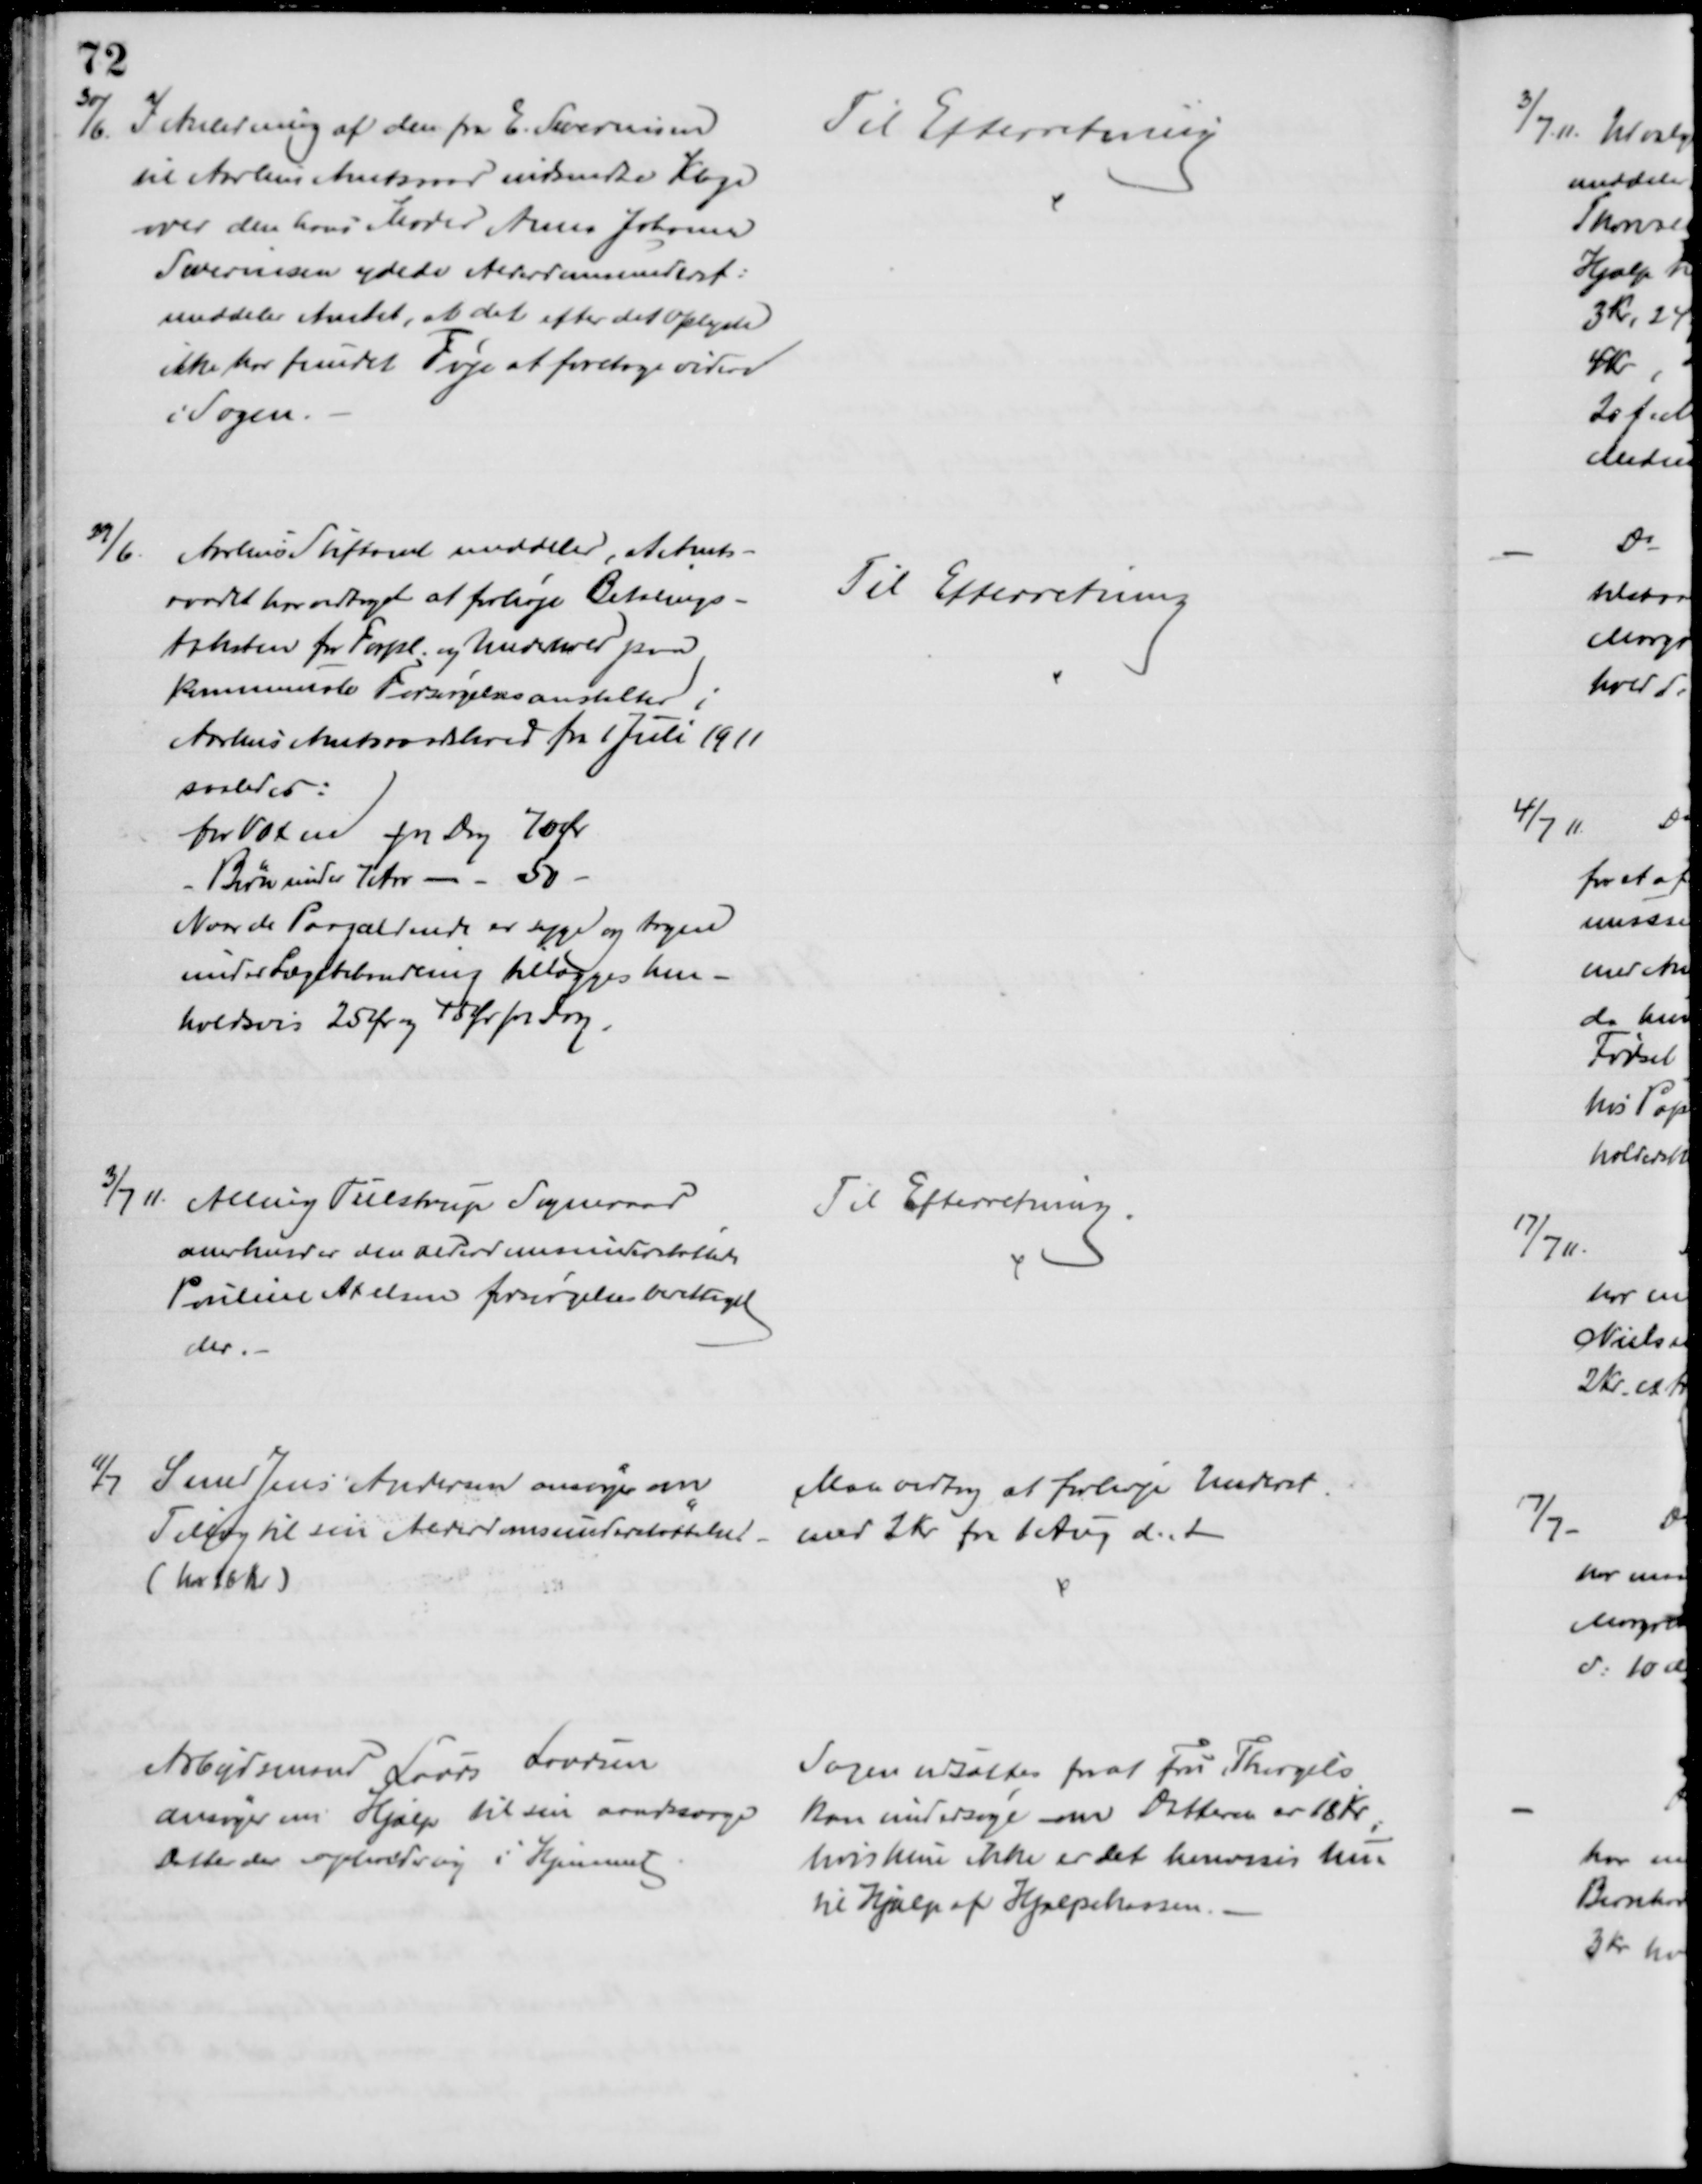
Transskription:
30/6.
I Anledning af den fra E. Severinsen
til Aarhus Amtsraad indsendte Klage
over den hans Moder Anna Johanne
Severinsen ydede Alderdomsunderst:
meddeler Amtet, at det efter det oplyste
ikke har fundet Føje at foretage videre
i Sagen.
Til Efterretning
29/6.
Aarhus Stiftamt meddeler, at Amts-
raadet har vedtaget at forhøje Betalings-
taksten for Forpl. og Underhold paa
kommunale Forsørgelsesanstalter i
Aarhus Amtsraadskreds fra 1 Juli 1911
saaledes:
for Voxne pr Dag 70 Ør
Børn under 7 Aar
50
Naar de Paagældende er syge og tagen
under Lægebehandling tillægges hen-
holdsvis 25 Øre og 15 Ør pr Dag.
Til Efterretning
3/7 11. Alling Tulstrup Sogneraad
anerkender den alderdomsunderstøttede
Pouline Axelsen forsørgelsesberettiget
der.
Til Efterretning
11/7
Smed Jens Andersen ansøger om
Tillæg til sin Alderdomsunderstøttelse
( har 16 Kr)
Maa vedtog at forhøje Underst.
med 2 Kr fra 1 Aug d. A
Arbejdsmand Laurs Laursen
ansøger om Hjælp til sin aandsvage
Datter der opholder sig i Hjemmet
Sagen udsattes for at Fru Thorgils
kan undersøge om Datteren er 18 Kr
hvis hun ikke er det henvises hun
til Hjælp af Hjælpekassen.